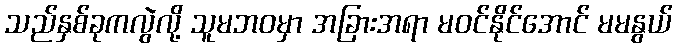
သည်နှစ်ခုကလွဲလို့ သူမဘဝမှာ အခြားအရာ မဝင်နိုင်အောင် မမနွယ်